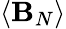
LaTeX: \langle\mathbf{B}_{N}\rangle